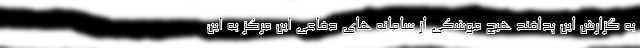
به گزارش این پدافند هیچ موشکی از سامانه های دفاعی این مرکز به این